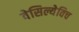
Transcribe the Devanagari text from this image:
वेसिल्येविच